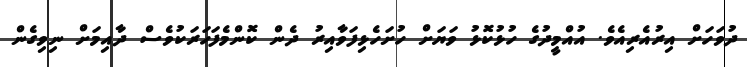
ދުވަހަށް އިރުއެރިއެވެ. އުއްމީދުގެ ހުޅުކޮޅު ވަޔަށް ހުށަހެޅިފަވާއިރު ދެން ކޮންމެފަހަރަކުވެސް ދާއިމަށް ނިވިގެން